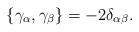
LaTeX: \begin{align*}\{\gamma _\alpha ,\gamma _\beta \}=-2\delta _{\alpha \beta }.\end{align*}